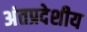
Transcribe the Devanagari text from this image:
अंतप्रदेशीय